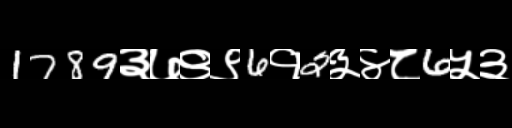
Text: 1789३७९९6१2३४८6५३